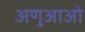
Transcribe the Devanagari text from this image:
अणुआओ